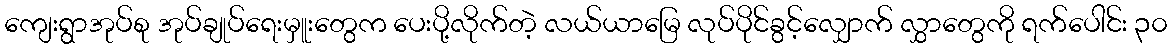
ကျေးရွာအုပ်စု အုပ်ချုပ်ရေးမှူးတွေက ပေးပို့လိုက်တဲ့ လယ်ယာမြေ လုပ်ပိုင်ခွင့်လျှောက် လွှာတွေကို ရက်ပေါင်း ၃၀